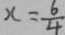
x = \frac { 6 } { 4 }